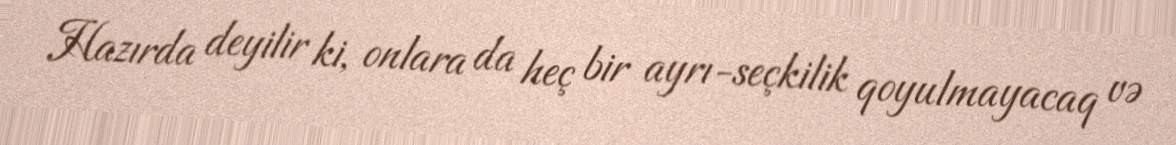
Hazırda deyilir ki, onlara da heç bir ayrı-seçkilik qoyulmayacaq və